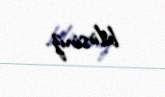
bilirsiniz.